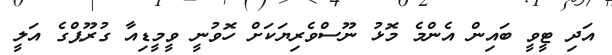
އަދި ޓީވީ ބައިން އެންމެ މޮޅު ނޫސްވެރިޔަކަށް ހޮވުނީ ވީމީޑިއާ ގުރޫޕްގެ އަލީ